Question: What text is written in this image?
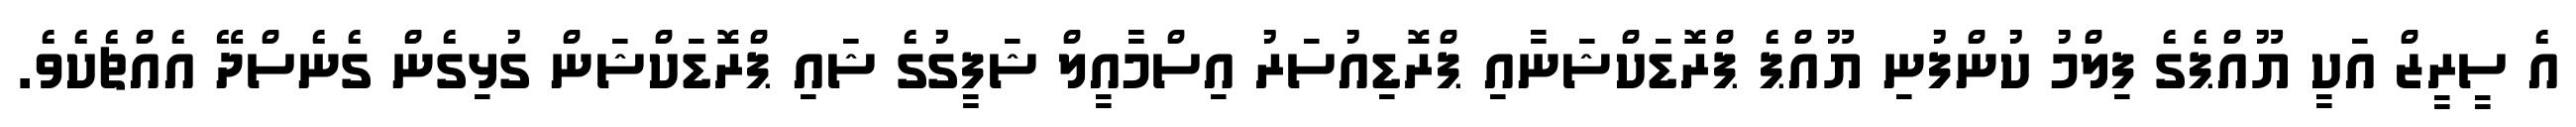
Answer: އެ ސީރީޒް އަކީ ޔޫއްޕެގެ ފިލްމު ކުންފުނި ޔޫއްޕެ ޕްރޮޑަކްޝަނާއި ޕްރޮޑިއުސަރު އިސްމާއީލް ޝަފީގުގެ ޝައި ޕްރޮޑަކްޝަން ގުޅިގެން ގެނެސްދޭ އެއްޗެކެވެ.